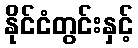
နိုင်ငံတွင်းနှင့်